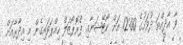
ވާ އާދީއްތަ ދުވަހުގެ 12:00 އަށް ކޯޓޭޝަނާއި ޕްރޮޕޯޒަލް ހިއްޕަވައިގެން މި އިދާރާއަށް